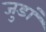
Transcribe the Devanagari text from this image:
जुडां